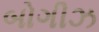
બોગીઝ